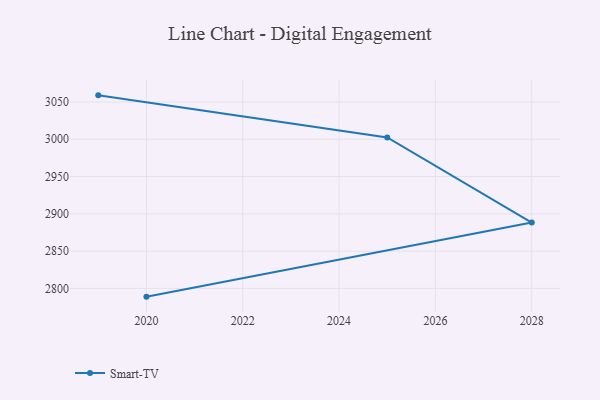
{"axis": {"x": "Year", "y": "Net Income (USD K)"}, "legend": ["Smart-TV"], "data": [{"x": "2020", "y": 2788.9, "type": "Smart-TV"}, {"x": "2028", "y": 2888.3, "type": "Smart-TV"}, {"x": "2025", "y": 3002.5, "type": "Smart-TV"}, {"x": "2019", "y": 3058.9, "type": "Smart-TV"}]}